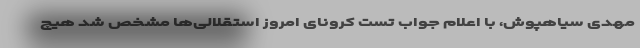
مهدی سیاهپوش، با اعلام جواب تست کرونای امروز استقلالی‌ها مشخص شد هیچ